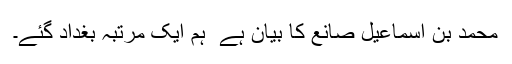
محمد بن اسماعیل صانع کا بیان ہے ٗ ہم ایک مرتبہ بغداد گئے۔